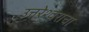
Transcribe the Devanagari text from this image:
उत्तरेश्वराचा